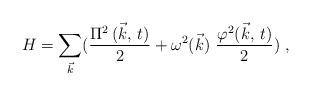
LaTeX: \begin{align*}H = \sum _{ \vec{k} } (\frac {\Pi ^{2}\, (\vec{k},\, t)}{2} + \omega^2 (\vec{k}) \ \frac {\varphi^{2} (\vec{k} , \, t) }{2} ) \ ,\end{align*}